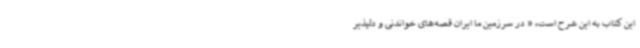
این کتاب به این شرح است، « در سرزمین ما ایران قصه‌های خواندنی و دلپذیر